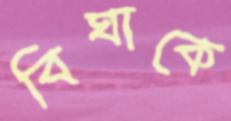
বিঘাকে